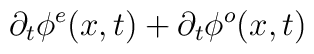
\partial_t \phi^e(x,t)+ \partial_t \phi^o(x,t)